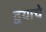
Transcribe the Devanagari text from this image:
द्वयाचे